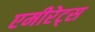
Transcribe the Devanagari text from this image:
एमीरेट्स